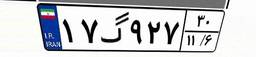
۱۴گ۳۶۶۵۰